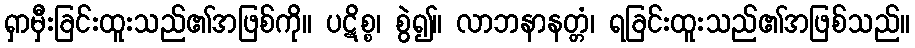
ရှာမှီးခြင်းထူးသည်၏အဖြစ်ကို။ ပဋိစ္စ၊ စွဲ၍။ လာဘနာနတ္တံ၊ ရခြင်းထူးသည်၏အဖြစ်သည်။